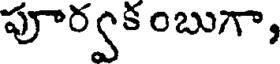
పూర్వకంబుగా,